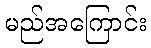
မည်အကြောင်း